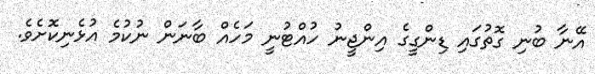
އޭނާ ބުނި ގޮތުގައި ޑިންގީގެ އިންޖީނު ހުއްޓުނީ މަހެއް ބާނަން ނުކުމެ އުޅެނިކޮށެވެ.